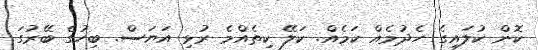
ކޮން ކުލައިގެ ހެދުމެއް ކަމެއް. ކަލޭ ކިތެއްމެ ރުޅި އަޔަސް. ބިހުގެ ބޭރުގަ